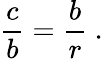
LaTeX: {\frac{c}{b}}={\frac{b}{r}}\ .